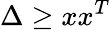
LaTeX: \Delta\geq xx^{T}